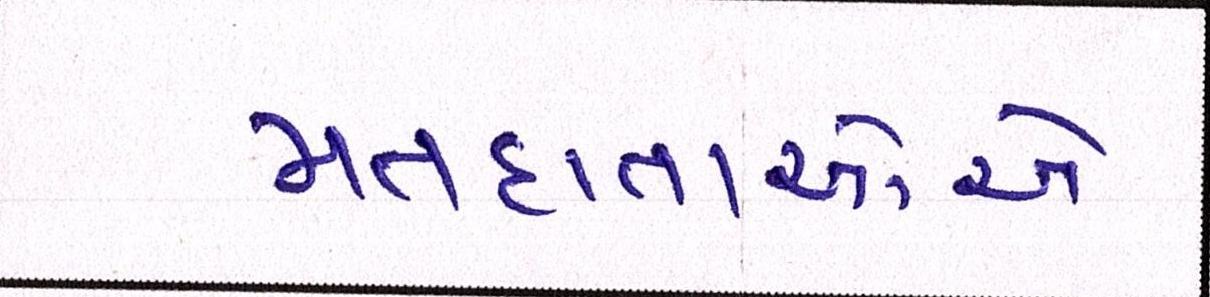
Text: મતદાતાઓએ